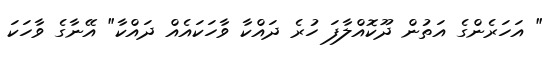
" އަހަރެންގެ އަތުން ދޫކޮއްލާފަ ހުރެ ދައްކާ ވާހަކައެއް ދައްކާ" އޭނާގެ ވާހަކަ